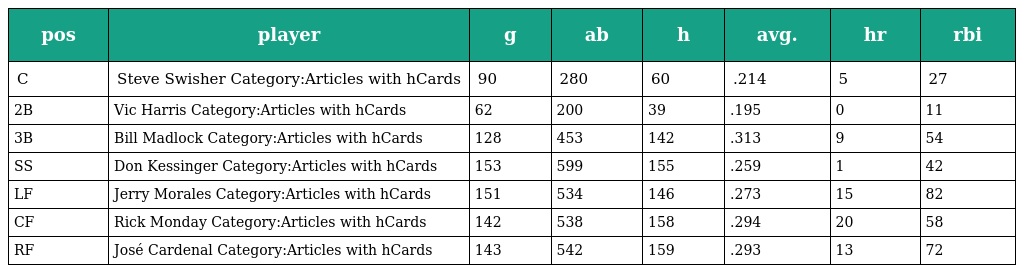
| pos | player | g | ab | h | avg. | hr | rbi |
 | --- | --- | --- | --- | --- | --- | --- | --- |
 | C | Steve Swisher Category:Articles with hCards | 90 | 280 | 60 | .214 | 5 | 27 |
 | 2B | Vic Harris Category:Articles with hCards | 62 | 200 | 39 | .195 | 0 | 11 |
 | 3B | Bill Madlock Category:Articles with hCards | 128 | 453 | 142 | .313 | 9 | 54 |
 | SS | Don Kessinger Category:Articles with hCards | 153 | 599 | 155 | .259 | 1 | 42 |
 | LF | Jerry Morales Category:Articles with hCards | 151 | 534 | 146 | .273 | 15 | 82 |
 | CF | Rick Monday Category:Articles with hCards | 142 | 538 | 158 | .294 | 20 | 58 |
 | RF | José Cardenal Category:Articles with hCards | 143 | 542 | 159 | .293 | 13 | 72 |